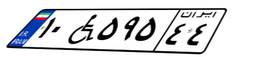
۱۰W۵۹۵۴۴